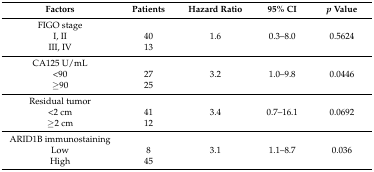
<table><thead><tr><td><b>Factors</b></td><td><b>Patients</b></td><td><b>Hazard Ratio</b></td><td><b>95% CI</b></td><td><b><i>p</i> Value</b></td></tr></thead><tbody><tr><td>FIGO stage</td><td></td><td></td><td></td><td></td></tr><tr><td>I, II</td><td>40</td><td>1.6</td><td>0.3–8.0</td><td>0.5624</td></tr><tr><td>III, IV</td><td>13</td><td></td><td></td><td></td></tr><tr><td>CA125 U/mL</td><td></td><td></td><td></td><td></td></tr><tr><td>&lt;90</td><td>27</td><td>3.2</td><td>1.0–9.8</td><td>0.0446</td></tr><tr><td>≥90</td><td>25</td><td></td><td></td><td></td></tr><tr><td>Residual tumor</td><td></td><td></td><td></td><td></td></tr><tr><td>&lt;2 cm</td><td>41</td><td>3.4</td><td>0.7–16.1</td><td>0.0692</td></tr><tr><td>≥2 cm</td><td>12</td><td></td><td></td><td></td></tr><tr><td>ARID1B immunostaining</td><td></td><td></td><td></td><td></td></tr><tr><td>Low</td><td>8</td><td>3.1</td><td>1.1–8.7</td><td>0.036</td></tr><tr><td>High</td><td>45</td><td></td><td></td><td></td></tr></tbody></table>